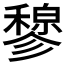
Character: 𫁇